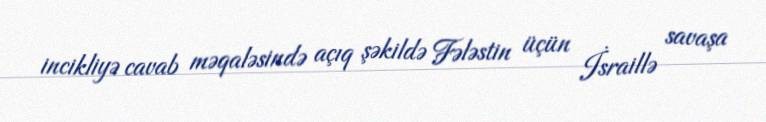
incikliyə cavab məqaləsində açıq şəkildə Fələstin üçün İsraillə savaşa